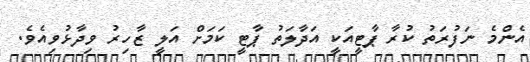
އެންމެ ނަފުރަތު ކުރާ ޕާޓީއަކީ އަދާލަތު ޕާޓީ ކަމަށް އަލީ ޒާހިރު ވިދާޅުވިއެވެ.